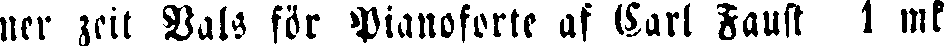
ner zeit Vals för Pianoforte af Carl Faust 1 mk